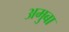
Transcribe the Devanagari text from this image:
अमुबा